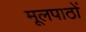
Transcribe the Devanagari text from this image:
मूलपाठों